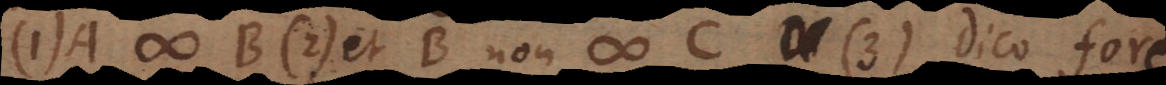
(1) A # B (2) et B non # C (3) dico fore